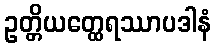
ဥတ္တိယတ္ထေရဿာပဒါနံ